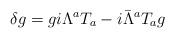
LaTeX: \begin{align*}\delta g=gi\Lambda^aT_a-i\bar\Lambda^aT_ag\end{align*}